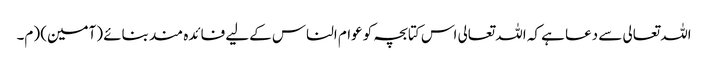
اللہ تعالی سے دعا ہے کہ اللہ تعالی اس کتابچہ کو عوام الناس کےلیے فائدہ مند بنائے (آمین) (م۔